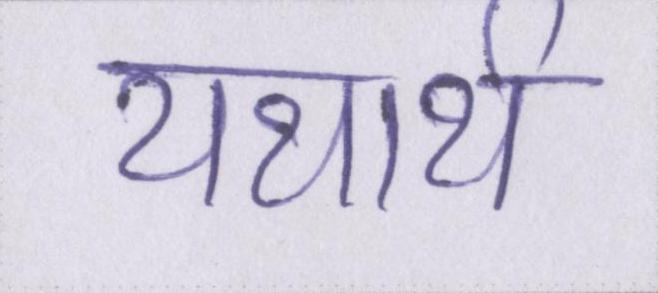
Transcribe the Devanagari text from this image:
यथार्थ